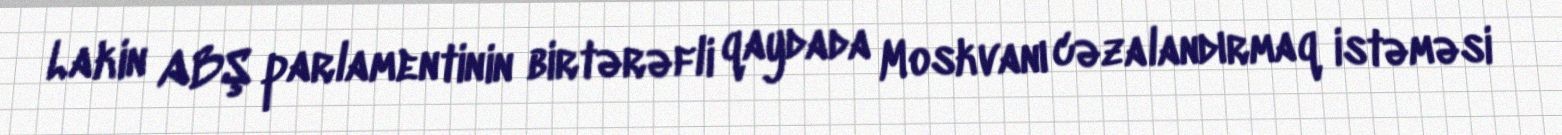
Lakin ABŞ parlamentinin birtərəfli qaydada Moskvanı cəzalandırmaq istəməsi